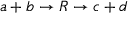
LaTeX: a + b \rightarrow R \rightarrow c + d